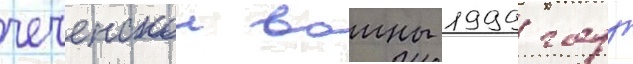
чеченскои воины 1999 году